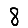
Digit: 8